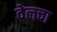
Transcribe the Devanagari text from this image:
वेलचा